Vaccination in Bombay 1913-1923 - 1913-1923
Year: 1913
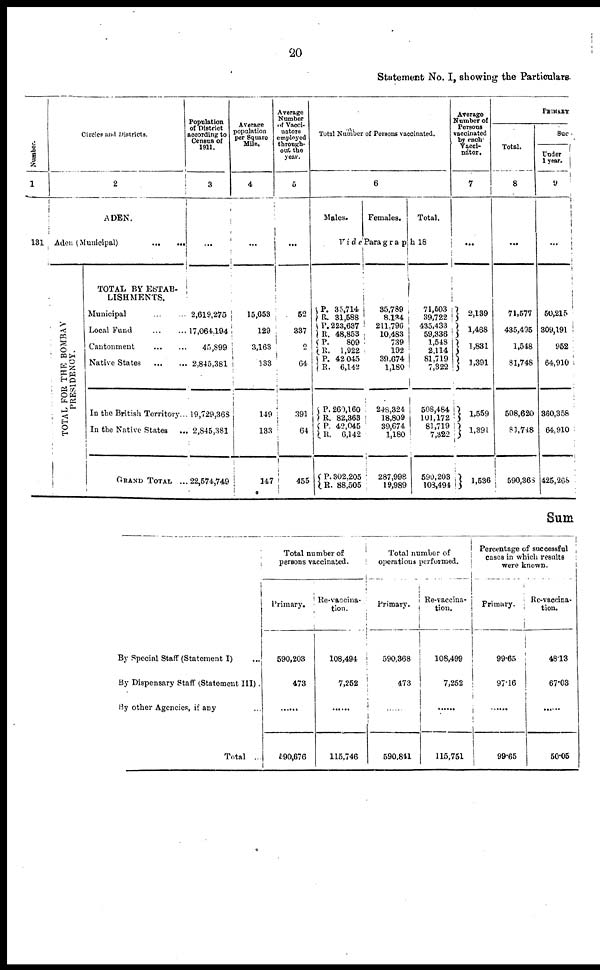
20
Statement No. I, showing the Particulars.
Number.
1
131
Circles and Districts.
2
ADEN.
Aden (Municipal)
...
...
TOTAL FOR THE BOMBAY
PRESIDENCY.
TOTAL BY ESTAB-
LISHMENTS.
Municipal
...
...
Local Fund
...
...
Cantonment
...
...
Native States
...
...
In the British Territory..
In the Native States ...
GRAND
TOTAL ...
Population
of District
according to
Census of
1911.
3
...
2,619,275
17,064,194
45,899
2,845,381
19,729,363
2,845,381
22,574,749
Average
population
per Square
Mile.
4
...
15,653
129
3,163
133
149
133
147
Average
Number
of Vacci-
nators
employed
through-
out the
year.
5
...
52
337
2
64
391
64
455
Total Number of Persons vaccinated.
6
Males.
Females.
Total.
Vide Paragraph 18
P. R.
P.
R. P.
R.
P.
R.
P.
R.
P. R.
P.
R.
35,714
31,588
223,637
48,853
809
1,922
42,045
6,142
260,160
82,363
42,045
6,142
302,205
88,505
35,789
8,134
211,796
10,483
739
192
39,674
1,180
248,324
18,809
39,674
1,180
287,998
19,989
71,503
39,722
435,433
59,336
1,548
2,114
81,719
7,322
508,484
101,172
81,719
7,322
590,203
108,494
Average
Number of
Persons
vaccinated
by each
Vacci-
nator.
7
...
2,139
1,468
1,831
1,391
1,559
1,391
1,536
PRIMARY
Total.
8
...
71,577
435,495
1,548
81,748
508,620
81,748
590,368
Suc-
Under
1 year.
9
50,215
309,191
952
64,910
360,358
64,910
425,268
Sum
By Special Staff (Statement I) ...
By Dispensary Staff (Statement III) .
By other Agencies, if any ...
Total ...
Total number of
persons vaccinated.
Primary.
590,203
473
......
590,676
Re-vaccina-
tion.
108,494
7,252
......
115,746
Total number of
operations performed.
Primary.
590,368
473
......
590,841
Re-vaccina-
tion.
108,499
7,252
......
115,751
Percentage of successful
cases in which results
were known.
Primary.
99.65
97.16
......
99.65
Re-vaccina-
tion.
48.13
67.03
......
50.05